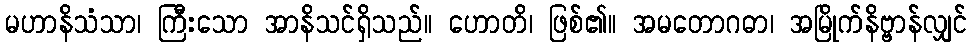
မဟာနိသံသာ၊ ကြီးသော အာနိသင်ရှိသည်။ ဟောတိ၊ ဖြစ်၏။ အမတောဂဓာ၊ အမြိုက်နိဗ္ဗာန်လျှင်